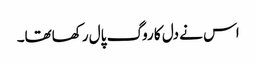
اس نے دل کا روگ پال رکھاتھا۔